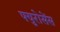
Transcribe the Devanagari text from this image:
फ्युरोसेंस